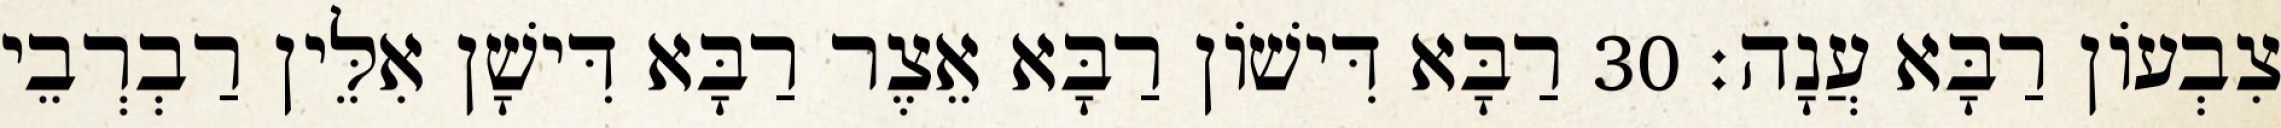
צִבְעוֹן רַבָּא עֲנָה׃ 30 רַבָּא דִּישׁוֹן רַבָּא אֵצֶר רַבָּא דִּישָׁן אִלֵּין רַבְרְבֵי